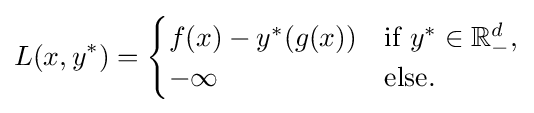
L(x,y^{*})={\begin{cases}f(x)-y^{*}(g(x))&{\text{if }}y^{*}\in \mathbb {R} _{-}^{d},\\-\infty &{\text{else}}.\end{cases}}